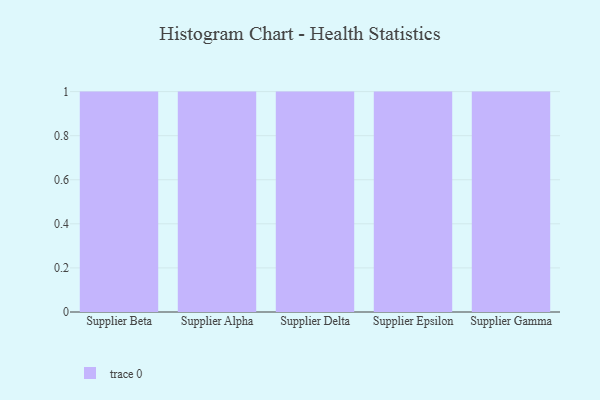
{"axis": {"x": "Supplier", "y": "Production Output"}, "legend": [""], "data": [{"x": "Supplier Beta", "y": 88, "type": ""}, {"x": "Supplier Alpha", "y": 82, "type": ""}, {"x": "Supplier Delta", "y": 25, "type": ""}, {"x": "Supplier Epsilon", "y": 39, "type": ""}, {"x": "Supplier Gamma", "y": 96, "type": ""}]}